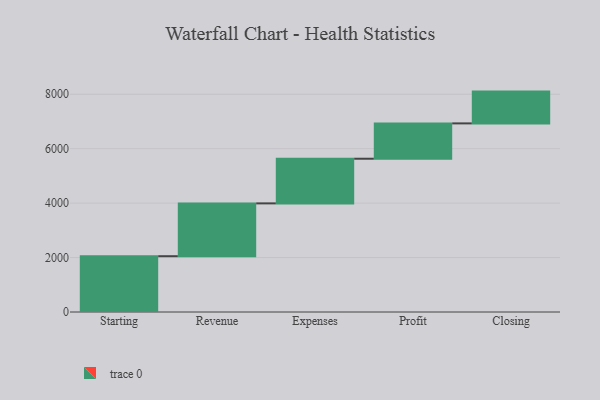
{"axis": {"x": "Step", "y": "Value"}, "legend": [""], "data": [{"x": "Starting", "y": 2050.0, "type": ""}, {"x": "Revenue", "y": 1941.0, "type": ""}, {"x": "Expenses", "y": 1641.0, "type": ""}, {"x": "Profit", "y": 1298.0, "type": ""}, {"x": "Closing", "y": 1168.0, "type": ""}]}